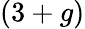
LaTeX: (3+g)